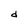
Character: d